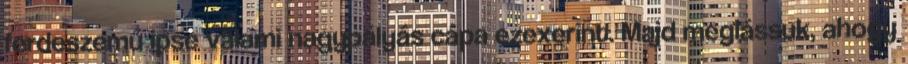
ferdeszemű ipse valami nagypályás cápa ezexerint. Majd meglássuk, ahogy